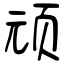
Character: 顽